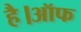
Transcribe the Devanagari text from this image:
है।ऑफ